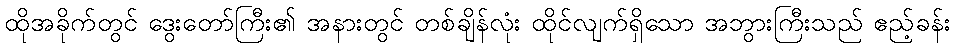
ထိုအခိုက်တွင် ဒွေးတော်ကြီး၏ အနားတွင် တစ်ချိန်လုံး ထိုင်လျက်ရှိသော အဘွားကြီးသည် ဧည့်ခန်း